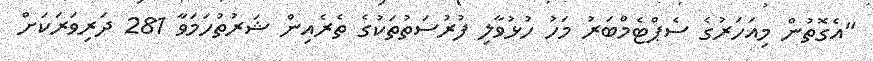
"އެގޮތުން މިއަހަރުގެ ސެޕްޓެމްބަރު މަހު ހުޅުވާލި ފުރުސަތުތަކުގެ ތެރެއިން ޝަރުތުހަމަވާ 281 ދަރިވަރަކަށް